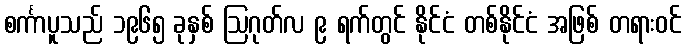
စင်္ကာပူသည် ၁၉၆၅ ခုနှစ် ဩဂုတ်လ ၉ ရက်တွင် နိုင်ငံ တစ်နိုင်ငံ အဖြစ် တရားဝင်